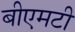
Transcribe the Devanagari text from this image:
बीएमटी